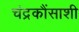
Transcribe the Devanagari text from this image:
चंद्रकौंसाशी